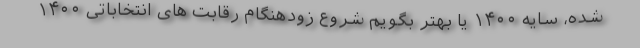
شده، سایه ۱۴۰۰ یا بهتر بگویم شروع زودهنگام رقابت های انتخاباتی ۱۴۰۰